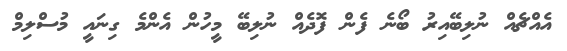
އެއްޗެއް ނުލިބޭއިރު ބޯނެ ފެން ފޮދެއް ނުލިބޭ މީހުން އެންމެ ގިނައީ މުސްލިމް